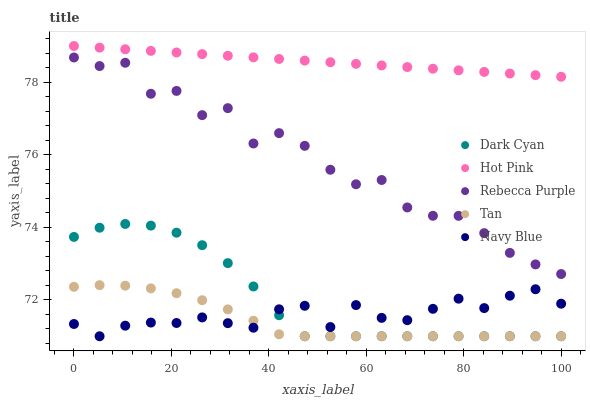
| xaxis_label | Dark Cyan | Hot Pink | Rebecca Purple | Tan | Navy Blue |
 | --- | --- | --- | --- | --- | --- |
 | 0 | 73.7 | 79 | 78.7 | 72.4 | 71.3 |
 | 5.26 | 74 | 79 | 78.4 | 72.4 | 71 |
 | 10.5 | 74.1 | 78.9 | 78.5 | 72.4 | 71.3 |
 | 15.8 | 74 | 78.9 | 77.7 | 72.3 | 71.4 |
 | 21.1 | 73.9 | 78.8 | 77.8 | 72.2 | 71.4 |
 | 26.3 | 73.5 | 78.8 | 77.1 | 72 | 71.5 |
 | 31.6 | 73 | 78.7 | 77.3 | 71.7 | 71.4 |
 | 36.8 | 72.4 | 78.7 | 76.3 | 71.4 | 71.2 |
 | 42.1 | 71.6 | 78.6 | 76.6 | 71.1 | 71.7 |
 | 47.4 | 71 | 78.6 | 76.2 | 71 | 71.8 |
 | 52.6 | 71 | 78.6 | 75.6 | 71 | 71.3 |
 | 57.9 | 71 | 78.5 | 75.2 | 71 | 71.9 |
 | 63.2 | 71 | 78.5 | 75.3 | 71 | 71.5 |
 | 68.4 | 71 | 78.4 | 74.6 | 71 | 71.4 |
 | 73.7 | 71 | 78.4 | 74.3 | 71 | 71.8 |
 | 78.9 | 71 | 78.3 | 74.3 | 71 | 72 |
 | 84.2 | 71 | 78.3 | 73.8 | 71 | 71.8 |
 | 89.5 | 71 | 78.2 | 73.3 | 71 | 72.1 |
 | 94.7 | 71 | 78.2 | 73 | 71 | 72.3 |
 | 100 | 71 | 78.2 | 72.7 | 71 | 71.9 |